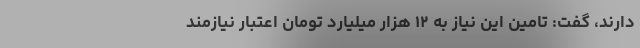
دارند، گفت: تامین این نیاز به ۱۲ هزار میلیارد تومان اعتبار نیازمند